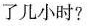
了几小时?